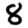
Digit: 8